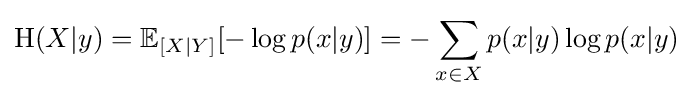
\mathrm {H} (X|y)=\mathbb {E} _{\left[X|Y\right]}[-\log p(x|y)]=-\sum _{x\in X}p(x|y)\log p(x|y)